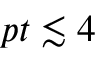
p t \lesssim 4